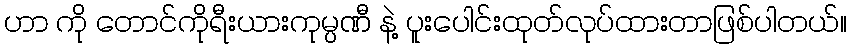
ဟာ ကို တောင်ကိုရီးယားကုမ္ပဏီ နဲ့ ပူးပေါင်းထုတ်လုပ်ထားတာဖြစ်ပါတယ်။